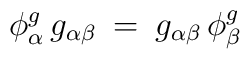
\phi^g_{\alpha} \, g_{\alpha \beta} \: = \: g_{\alpha \beta} \,\phi^g_{\beta}